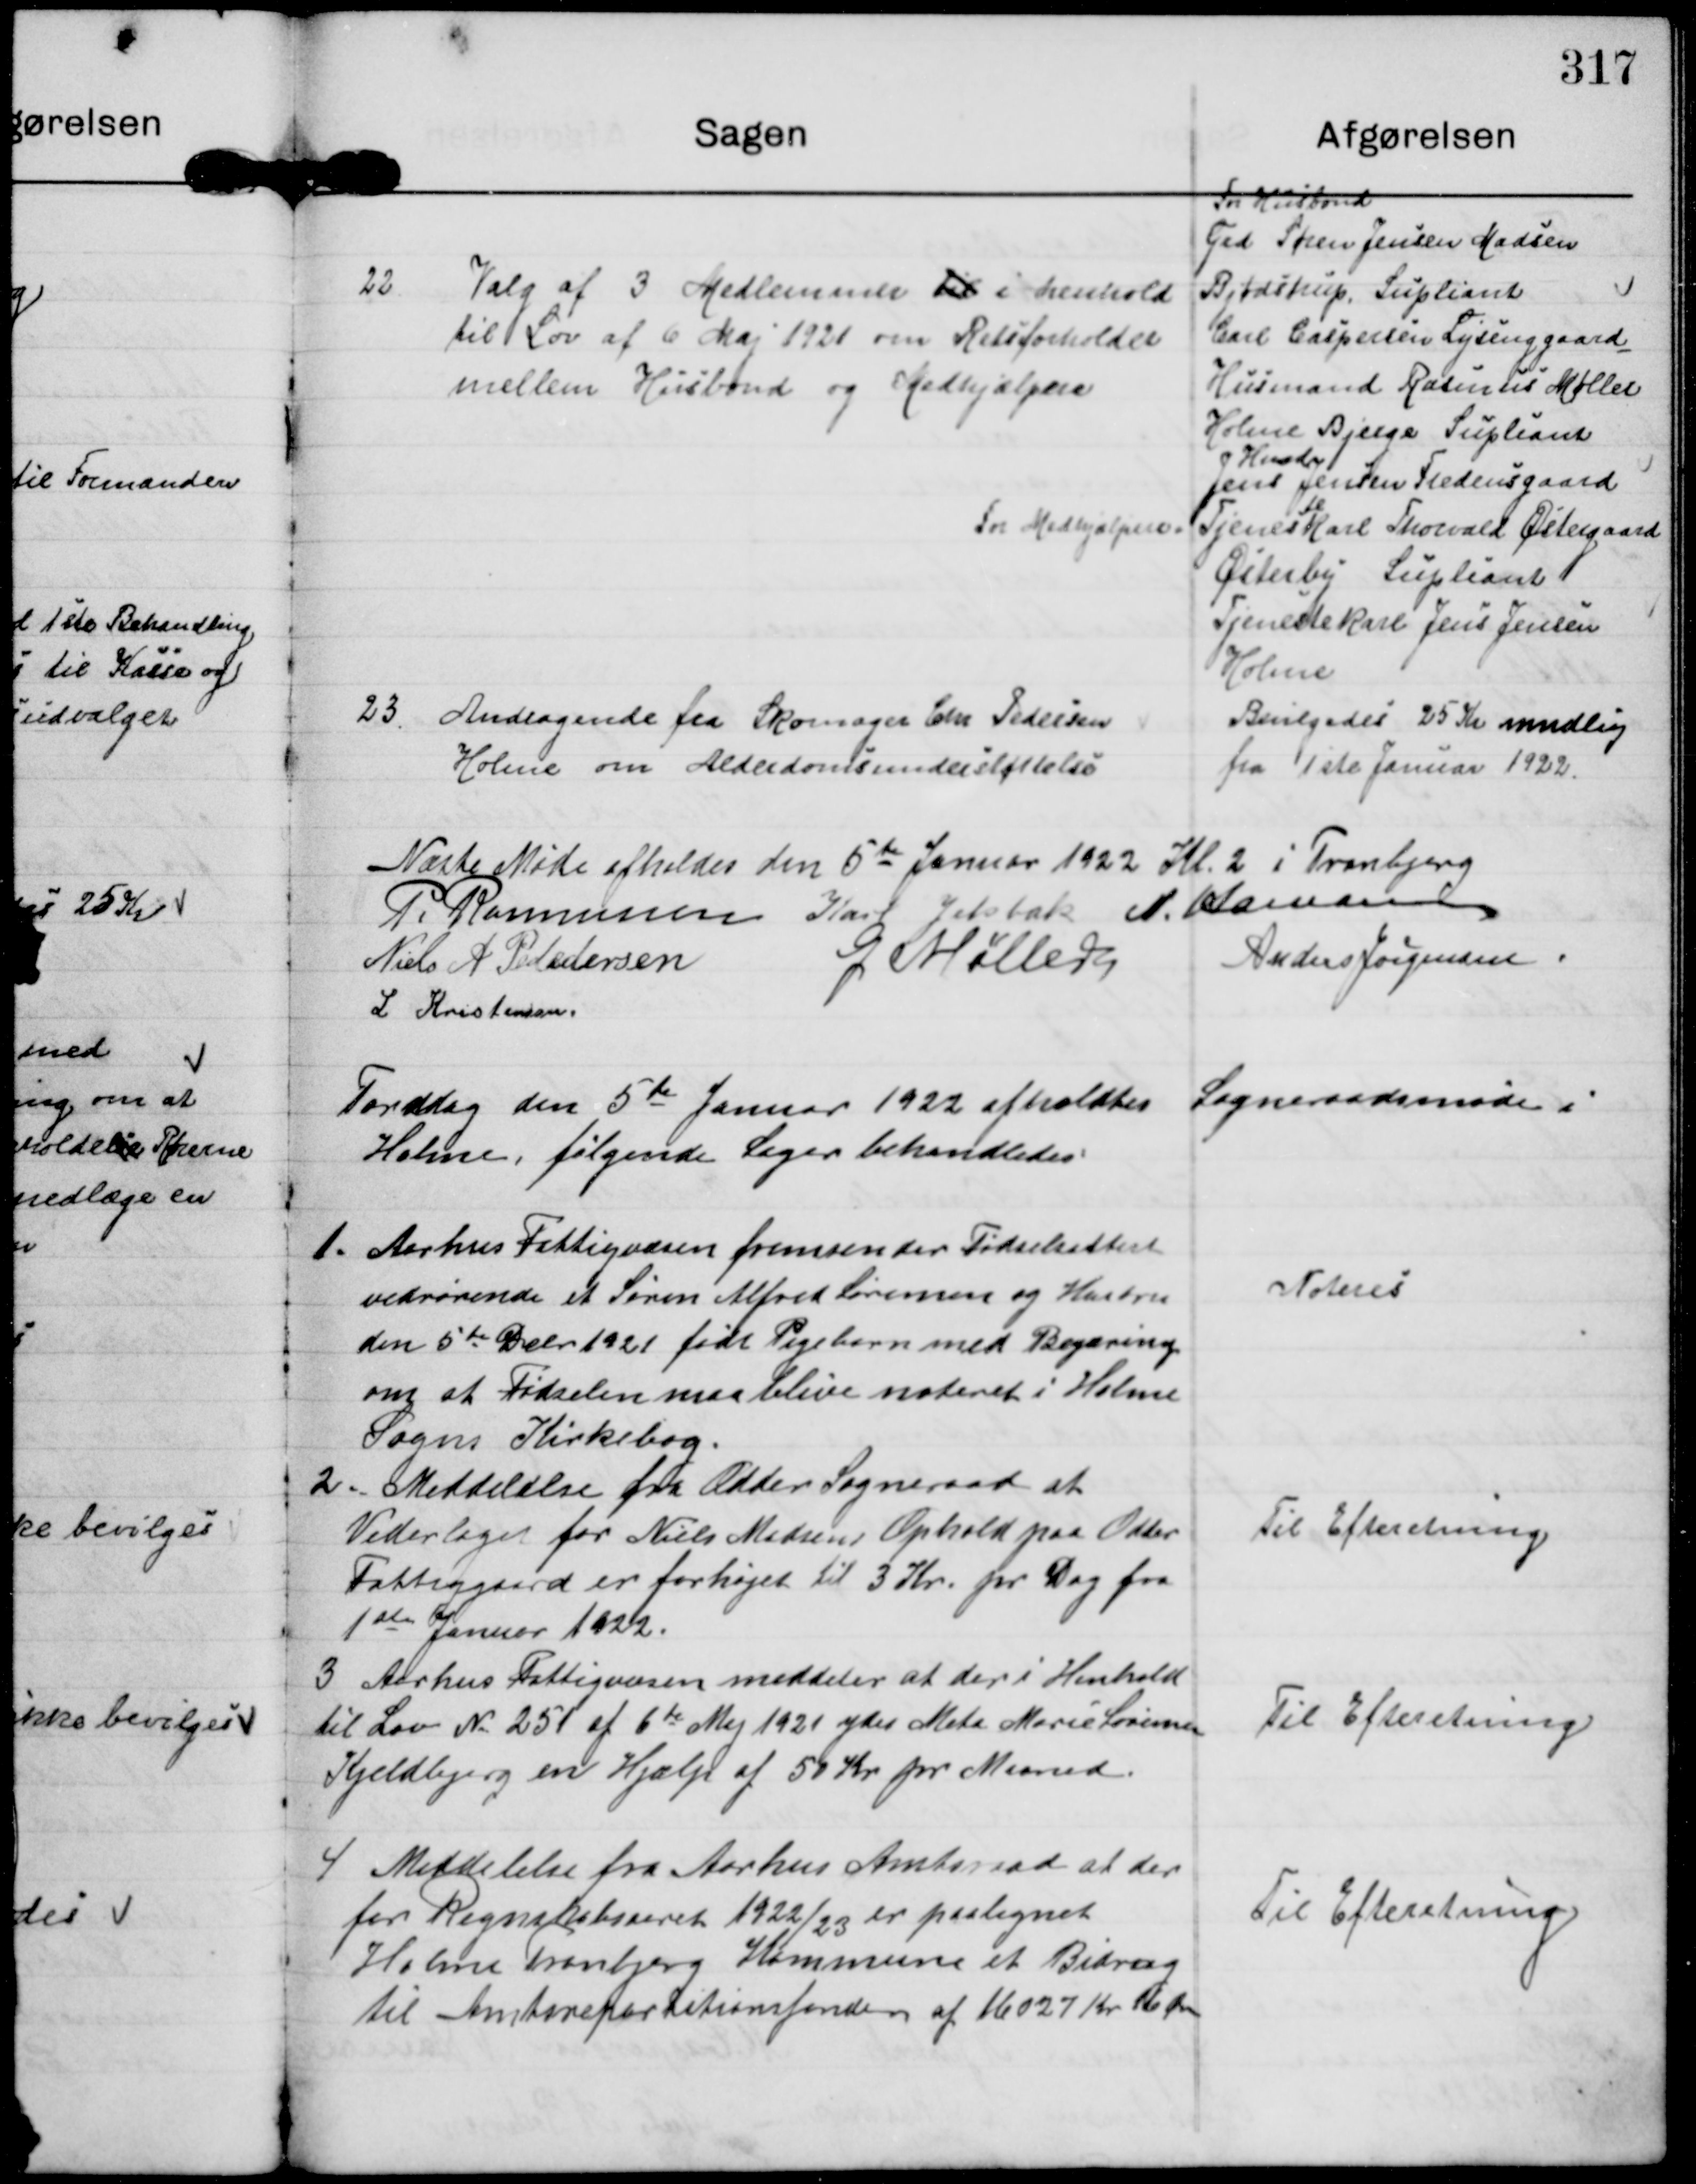
Transskription:
22

Valg af 3 Medlemmer til i henhold
til Lov af 6 Maj 1921 om Retsforholdet
mellem Husbond og Medhjælpere

For Husbond
Grd SørenJensen Madsen
Bjødstrup Supliant
Carl Caspersen Lysenggaard
Husmand Rasmus Møller
Holme Bjerge Supliant
Husby
Jens Jenten Fredensgaard

For Medhjælpere Tjenestekarl Thorvald Østergaard
Østerby Supliant.
Tjenestekarl Jens Jensen.
Holme

23.
Andragende fra Skomager Chr Pedersen
Holme om Alderdomsunderstøttelse

Bevilgedes 25 Kr mndlig
fra 1ste Januar 1922.

Næste Møde afholdes den 5 te Januar 1922 Kl 2 i Tranbjerg

P. Rasmussen Karl Jelsbak N. Hamann
Niels A Pededersen
G Møller
Anders Jørgensen
L Kristensen

Torsdag den 5de Januar 1922 afholdtes Sogneraadsmøde i
Holme, følgende Sager behandledes

1. Aarhus Fattigvæsen fremsender Fødselsattest
vedrørende et Søren Alfred Sørensen og Hustru
den 5te Debr 1921 født Pigebarn med Begæring
om at Fødselen maa blive noteret i Holme
Sogns Kirkebog

Noteret

2. Meddelelse fra Odder Sogneraad at
Vederlaget for Niels Madsens Ophold paa Odder
Fattiggaard er forhøjet til 3 Kr. pr Dag fra
1ste Januar 1922.

Til Efteretning

3 Aarhus Fattigvæsen meddeler at der i Henhold
til Lov No 25 af 6te Maj 1921 ydes Meta Marie Sørensen
Kjeldbjerg en Hjælp af 50 Kr for Maaned

Til Efteretning

4 Meddelelse fra Aarhus Amtsraad at der
for Regnskabsaaret 1922/23 er paalignet.
Holme Tranbjerg Kommune et Bidrag
til Amtsrepartitionsfonden af 16027 Kr 16 Øre

Til Efteretning